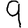
Digit: 9